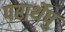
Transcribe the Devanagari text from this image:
परार्थेषु